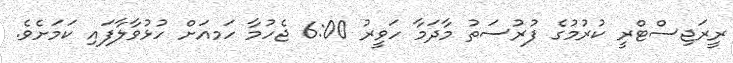
ރީރަޖިސްޓްރީ ކުރުމުގެ ފުރުސަތު މާދަމާ ހަވީރު 6:00 ޖެހުމާ ހަމއަށް ހުޅުވާލާފައި ކަމަށެވެ.